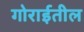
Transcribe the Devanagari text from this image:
गोराईतील